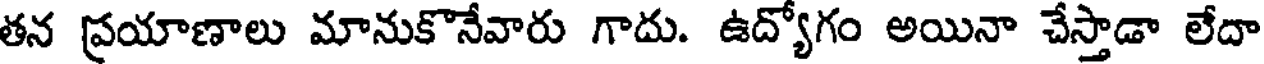
తన ప్రయాణాలు మానుకొనేవారు గాదు. ఉద్యోగం అయినా చేస్తాడా లేదా